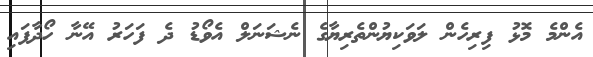
އެންމެ މޮޅު ފިރިހެން ލަވަކިޔުންތެރިޔާގެ ނެޝަނަލް އެވޯޑު ދެ ފަހަރު އޭނާ ހޯދާފައި